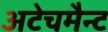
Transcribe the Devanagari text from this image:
अटेचमैन्ट